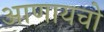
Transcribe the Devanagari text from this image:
आणायचो